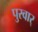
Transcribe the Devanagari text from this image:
पुरवार्